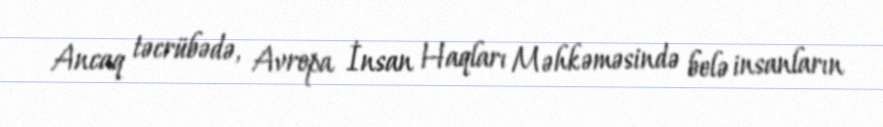
Ancaq təcrübədə, Avropa İnsan Haqları Məhkəməsində belə insanların